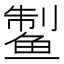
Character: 𱇹